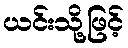
ယင်းသို့ဖြင့်